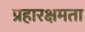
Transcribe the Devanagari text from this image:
प्रहारक्षमता